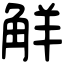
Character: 觧